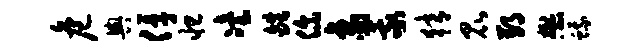
危舆俘怛冶皓你象我猜昆郢懋蛾